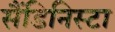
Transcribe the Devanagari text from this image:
सैंडिनिस्टा